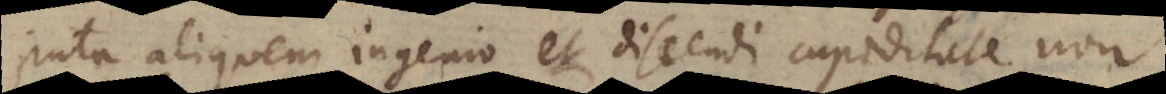
puta aliquem ingenio et discendi cupiditate non